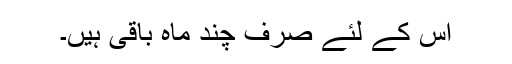
اس کے لئے صرف چند ماہ باقی ہیں۔